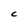
Character: C